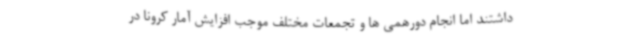
داشتند اما انجام دورهمی ها و تجمعات مختلف موجب افزایش آمار کرونا در